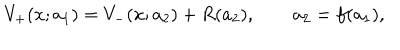
V _ { + } ( x ; a _ { 1 } ) = V _ { - } ( x ; a _ { 2 } ) + R ( a _ { 2 } ) , \qquad a _ { 2 } = f ( a _ { 1 } ) ,